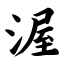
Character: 渥